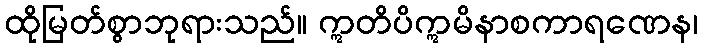
ထိုမြတ်စွာဘုရားသည်။ ဣတိပိဣမိနာစကာရဏေန၊